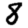
Digit: 8